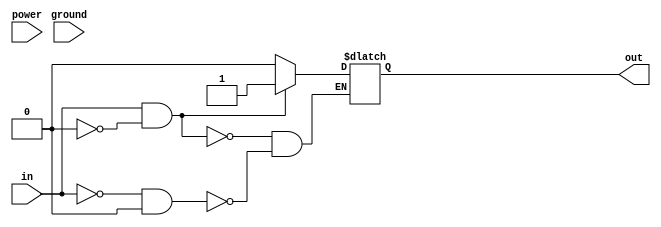
module Schmitt_trigger_buffer (
    input in,
    output reg out,
    input power,
    input ground
);

reg feedback;
reg hysteresis;

always @ (in, power, ground, feedback)
begin
    // Schmitt trigger logic with hysteresis loop
    if (in && !hysteresis) begin
        out <= 1;
        feedback <= 0;
    end else if (!in && hysteresis) begin
        out <= 0;
        feedback <= 1;
    end;

    // Additional features such as slew rate control, ESD protection, and drive strength
    // Add your custom logic here
end

endmodule